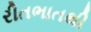
રીતભાતથી